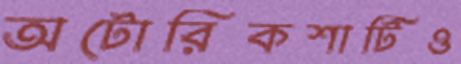
অটোরিকশাটিও